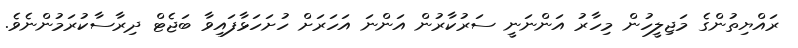
ރައްޔިތުންގެ މަޖިލީހުން މިހާރު އަންނަނީ ސަރުކާރުން އަންނަ އަހަރަށް ހުށަހަޅާފައިވާ ބަޖެޓް ދިރާސާކުރަމުންނެވެ.